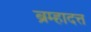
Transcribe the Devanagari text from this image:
ब्रम्हादत्त